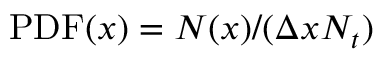
\mathrm { P D F } ( x ) = N ( x ) / ( \Delta x N _ { t } )